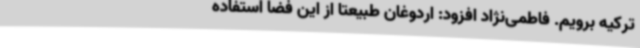
ترکیه برویم. فاطمی‌نژاد افزود: اردوغان طبیعتا از این فضا استفاده